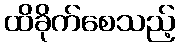
ထိခိုက်စေသည့်